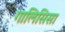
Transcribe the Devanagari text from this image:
गालिसिसा